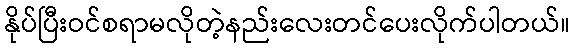
နိုပ်ပြီးဝင်စရာမလိုတဲ့နည်းလေးတင်ပေးလိုက်ပါတယ်။